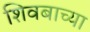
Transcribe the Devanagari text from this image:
शिवबाच्या